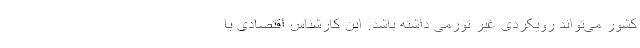
کشور می‌تواند رویکردی غیر تورمی داشته باشد. این کارشناس اقتصادی با